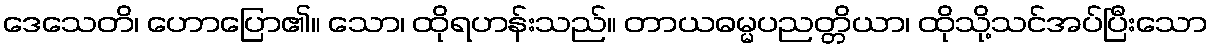
ဒေသေတိ၊ ဟောပြော၏။ သော၊ ထိုရဟန်းသည်။ တာယဓမ္မပညတ္တိယာ၊ ထိုသို့သင်အပ်ပြီးသော